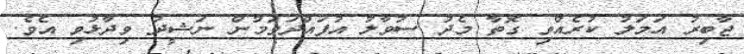
ޖާބިރު އަމަލު ކުރެއްވި ގޮތާ މެދު ސުވާލު އުފައްދަވަމުން ނަޝީދު ވިދާޅުވި އެވެ.